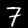
Label: 7